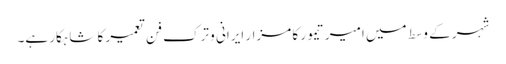
شہر کے وسط میں امیر تیمور کا مزار ایرانی و ترک فن تعمیر کا شاہکار ہے۔